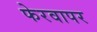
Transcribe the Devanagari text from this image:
फेरवापर